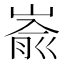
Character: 嵛